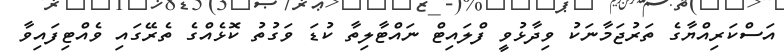
އަސްކަރިއްޔާގެ ތަރުޖަމާނަކު ވިދާޅުވީ ފްލައިޓް ނައްޓާލިތާ ކުޑަ ވަގުތު ކޮޅެއްގެ ތެރޭގައި ވެއްޓިފައިވާ